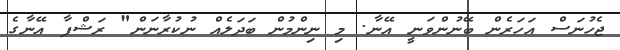
ޖެހުނަސް އަހަރެން ބޭނުންވަނީ އޭނާ. މި ނިންމުން ބަދަލެއް ނުކުރާނަން" ރަޝްފާ އޭނާގެ